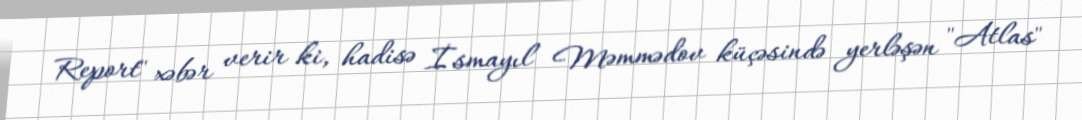
Report" xəbər verir ki, hadisə İsmayıl Məmmədov küçəsində yerləşən "Atlas"